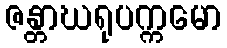
ဇန္တာဃရုပက္ကမော